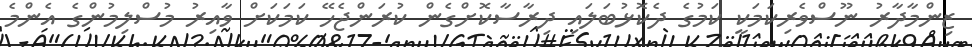
ޒިންމާދާރު ނޫސްވެރިކަމަކީ ކަމުގެ ދެކޮޅުބަލައި ދިރާސާކޮށްގެން ކުރަންޖެހޭ ކަމަކަށް ވާއިރު މުސްލިމުންގެ އެންމެ